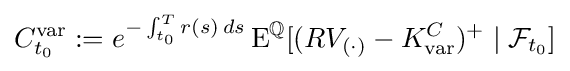
C_{t_{0}}^{\operatorname {var} }:=e^{-\int _{t_{0}}^{T}r(s)\,ds}\operatorname {E} ^{\mathbb {Q} }[(RV_{(\cdot )}-K_{\operatorname {var} }^{C})^{+}\mid {\mathcal {F}}_{t_{0}}]